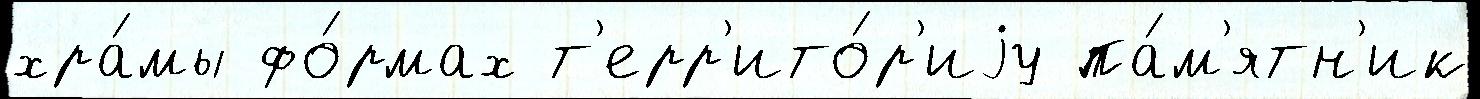
хра́мы фо́рмах т'ерр'ито́р'иjу па́м'ятн'ик